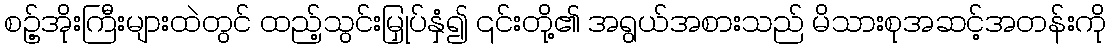
စဥ့်အိုးကြီးများထဲတွင် ထည့်သွင်းမြှုပ်နှံ၍ ၎င်းတို့၏ အရွယ်အစားသည် မိသားစုအဆင့်အတန်းကို